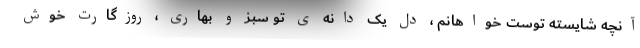
آنچه شایسته توست خواهانم ، دل یک دانه ی تو سبز و بهاری ، روزگارت خوش